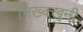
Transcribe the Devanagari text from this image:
भिख्क्खुनी